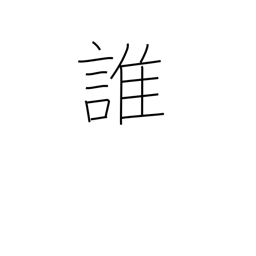
Meaning: who